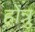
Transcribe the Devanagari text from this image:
होन्नु